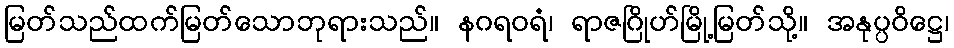
မြတ်သည်ထက်မြတ်သောဘုရားသည်။ နဂရဝရံ၊ ရာဇဂြိုဟ်မြို့မြတ်သို့။ အနုပ္ပဝိဋ္ဌေ၊